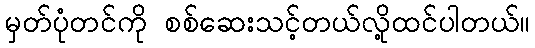
မှတ်ပုံတင်ကို စစ်ဆေးသင့်တယ်လို့ထင်ပါတယ်။